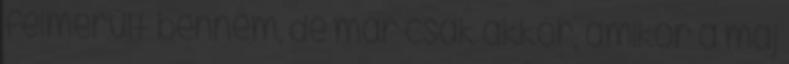
felmerült bennem, de már csak akkor, amikor a máj